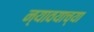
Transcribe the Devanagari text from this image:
न्यावयाच्या